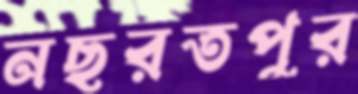
নছরতপুর